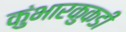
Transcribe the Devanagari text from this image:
कुंभारकुकडी